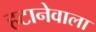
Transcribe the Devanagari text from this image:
हटानेवाला